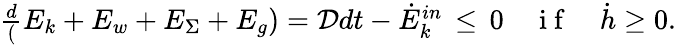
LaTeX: \begin{array}{r}{\frac{d}(E_{k}+E_{w}+E_{\Sigma}+E_{g})=\mathcal{D}{dt}-\dot{E}_{k}^{in}\, \leq\, 0\quad\mathrm{~i~f~}\quad\dot{h}\geq 0.}\end{array}